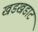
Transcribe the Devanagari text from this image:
खडखडाट